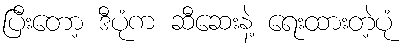
ပြီးတော့ ဒီပုံက ဆီဆေးနဲ့ ရေးထားတဲ့ပုံ